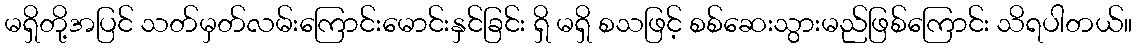
မရှိတို့အပြင် သတ်မှတ်လမ်းကြောင်းမောင်းနှင်ခြင်း ရှိ မရှိ စသဖြင့် စစ်ဆေးသွားမည်ဖြစ်ကြောင်း သိရပါတယ်။